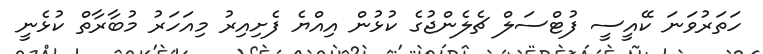
ހަތަރުވަނަ ކޭއީސީ ފުޓްސަލް ޗެލެންޖުގެ ކުޅުން އިއްޔެ ފެށިއިރު މިއަހަރު މުބާރާތް ކުޅެނީ